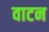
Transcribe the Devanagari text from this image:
वाटन